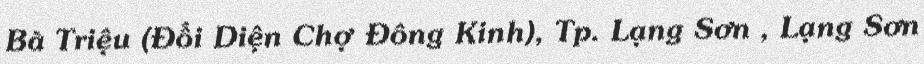
Bà Triệu (Đối Diện Chợ Đông Kinh), Tp. Lạng Sơn , Lạng Sơn